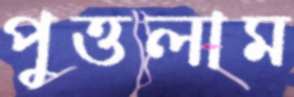
পুত্তলাম